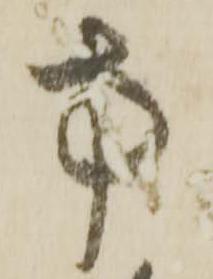
方